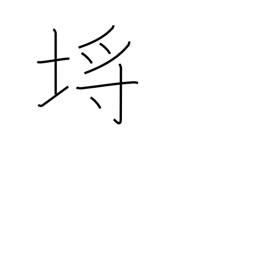
Meaning: picket fence